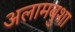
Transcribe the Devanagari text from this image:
अलामबुशा